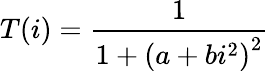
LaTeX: T(i)=\frac{1}{1+\left(a+bi^{2}\right)^{2}}